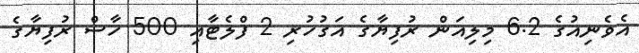
އެވެނިއުގެ 6.2 މިލިއަން ރުފިޔާގެ އަގުހުރި 2 ފްލެޓާއި 500 ހާސް ރުފިޔާގެ